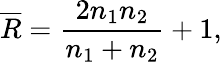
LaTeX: \overline{{R}}=\frac{2n_{1}n_{2}}{n_{1}+n_{2}}+1,